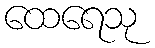
ထေရေသု